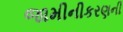
જામીનીકરણની